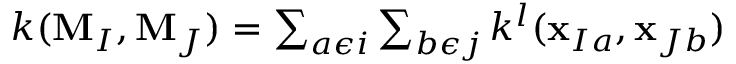
\begin{array} { r } { k ( \mathbf { M } _ { I } , \mathbf { M } _ { J } ) = \sum _ { a \epsilon i } \sum _ { b \epsilon j } k ^ { l } ( \mathbf { x } _ { I a } , \mathbf { x } _ { J b } ) } \end{array}